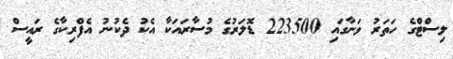
ލިސްޓްގެ ހަތަރު ވަނާގައި 223500 ޑޮލަރުގެ މުސާރައަކާ އެކު ދެކުނު އެފްރިކާގެ ރައީސް